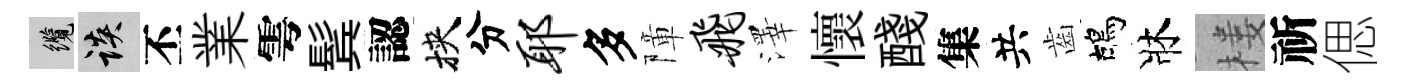
纜談丕業雩鬂認挾分耶多障飞澤懷醆集共齒鴣牀楼祈偲